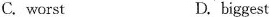
C.worst D.biggest